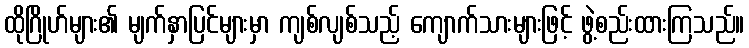
ထိုဂြိုဟ်များ၏ မျက်နှာပြင်များမှာ ကျစ်လျစ်သည့် ကျောက်သားများဖြင့် ဖွဲ့စည်းထားကြသည်။